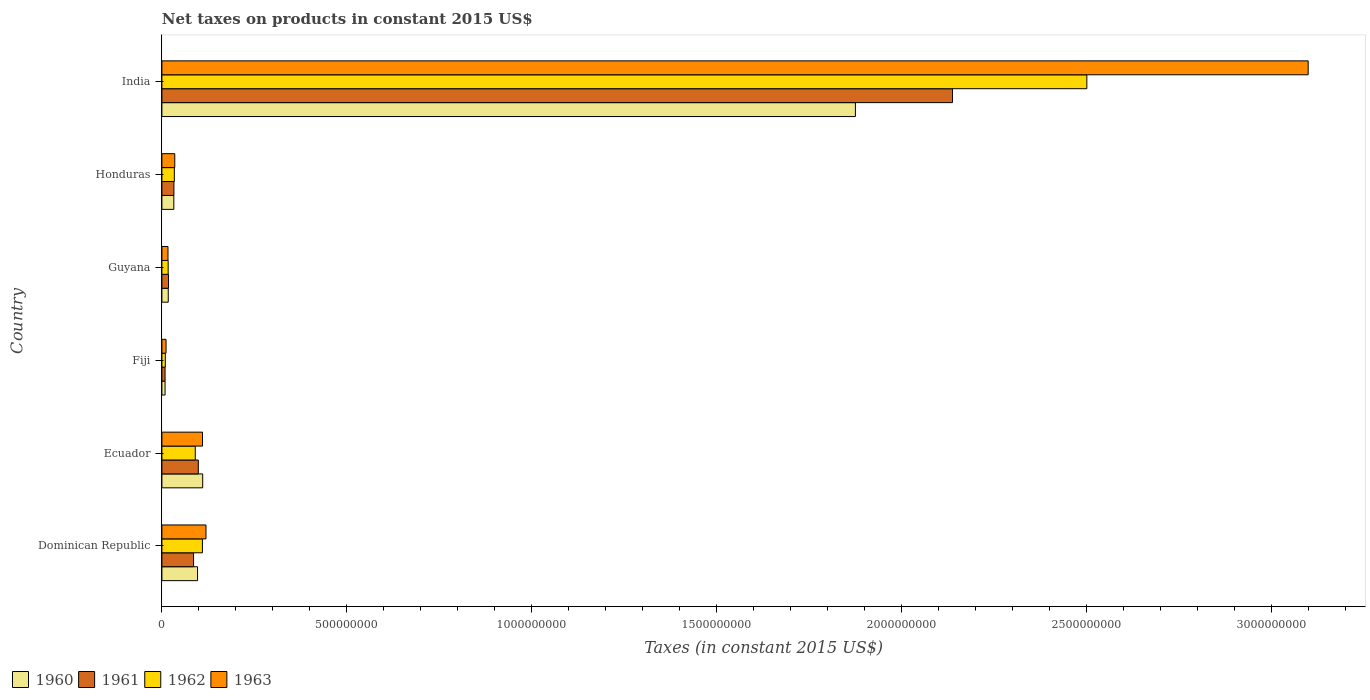
| Country | 1960 | 1961 | 1962 | 1963 |
 | --- | --- | --- | --- | --- |
 | Dominican Republic | 9.64e+07 | 8.56e+07 | 1.1e+08 | 1.19e+08 |
 | Ecuador | 1.1e+08 | 9.85e+07 | 9.03e+07 | 1.1e+08 |
 | Fiji | 8.56e+06 | 8.56e+06 | 9.32e+06 | 1.12e+07 |
 | Guyana | 1.71e+07 | 1.79e+07 | 1.69e+07 | 1.64e+07 |
 | Honduras | 3.22e+07 | 3.25e+07 | 3.36e+07 | 3.48e+07 |
 | India | 1.88e+09 | 2.14e+09 | 2.5e+09 | 3.1e+09 |